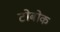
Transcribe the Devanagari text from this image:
टोबोक